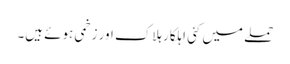
حملے میں کئی اہلکار ہلاک اور زخمی ہوئے ہیں۔